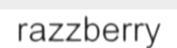
razzberry